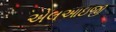
એલઆઇજી